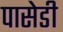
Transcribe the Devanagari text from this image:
पासेडी